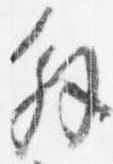
解